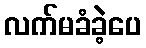
လက်မခံခဲ့ပေ